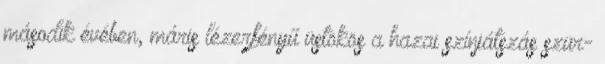
második évében, máris lézerfényű üstökös a hazai színjátszás szür-